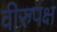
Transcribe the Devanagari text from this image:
वीरुपक्ष